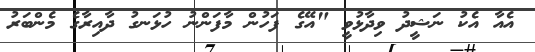
އެއާ އެކު ނަޝީދު ވިދާޅުވީ "އޭގެ ފަހުން މާފަންނު ހުޅަނގު ދާއިރާގެ މެންބަރު